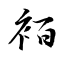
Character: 袹